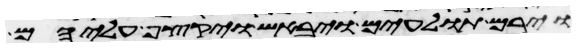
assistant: וירם תולעים ויבאש ויקצף עליהם